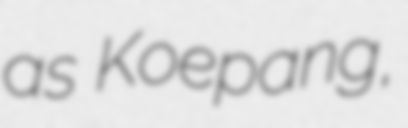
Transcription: as Koepang,